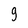
Character: 9